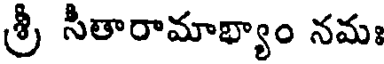
శ్రీ సీతారామాభ్యాం నమః